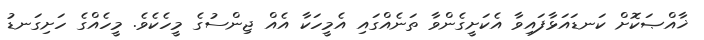
ޚާއްޞަކޮށް ކަނޑައަޅާފައިވާ އެކަށީގެންވާ ތަނެއްގައި އެމީހަކާ އެއް ޖިންސުގެ މީހެކެވެ. މީހެއްގެ ހަށިގަނޑު